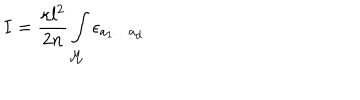
LaTeX: I = \frac { \kappa l ^ { 2 } } { 2 n } \int _ { { \cal M } } \epsilon _ { a _ { 1 } \ldots a _ { d } }